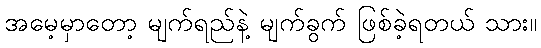
အမေ့မှာတော့ မျက်ရည်နဲ့ မျက်ခွက် ဖြစ်ခဲ့ရတယ် သား။